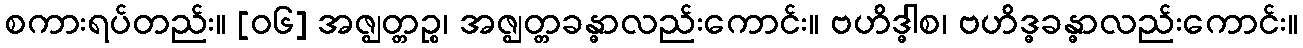
စကားရပ်တည်း။ [၀၆] အဇ္ဈတ္တဉ္စ၊ အဇ္ဈတ္တခန္ဓာလည်းကောင်း။ ဗဟိဒ္ဓါစ၊ ဗဟိဒ္ဓခန္ဓာလည်းကောင်း။